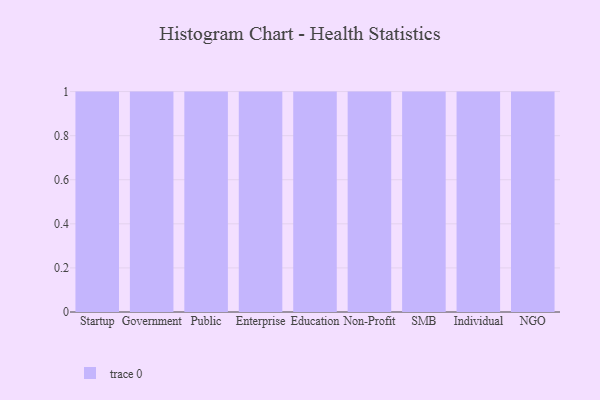
{"axis": {"x": "Segment", "y": "Operating Costs (USD K)"}, "legend": [""], "data": [{"x": "Startup", "y": 39, "type": ""}, {"x": "Government", "y": 93, "type": ""}, {"x": "Public", "y": 17, "type": ""}, {"x": "Enterprise", "y": 74, "type": ""}, {"x": "Education", "y": 51, "type": ""}, {"x": "Non-Profit", "y": 4, "type": ""}, {"x": "SMB", "y": 74, "type": ""}, {"x": "Individual", "y": 4, "type": ""}, {"x": "NGO", "y": 66, "type": ""}]}